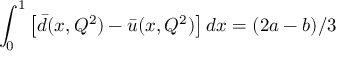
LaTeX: \int _ { 0 } ^ { 1 } \left[ \bar { d } ( x , Q ^ { 2 } ) - \bar { u } ( x , Q ^ { 2 } ) \right] d x = ( 2 a - b ) / 3